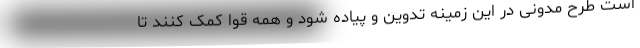
است طرح مدونی در این زمینه تدوین و پیاده شود و همه قوا کمک کنند تا